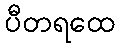
ပီတရထေ